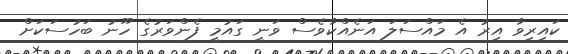
ކައިރިވާ އިރު އެ މައްސަލަ އަނެއްކާވެސް ވަނީ ގައުމީ ފެންވަރުގެ ހޫނު ބަހުސަކަށް